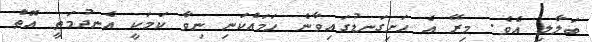
ބަލާލި އެވެ. މިރޭ އެ ހަށިގަނޑުގައިވާނެ ހަމައެކަނި ނިވާ ކަމަކީ އެނދުމަތީ އޮތް